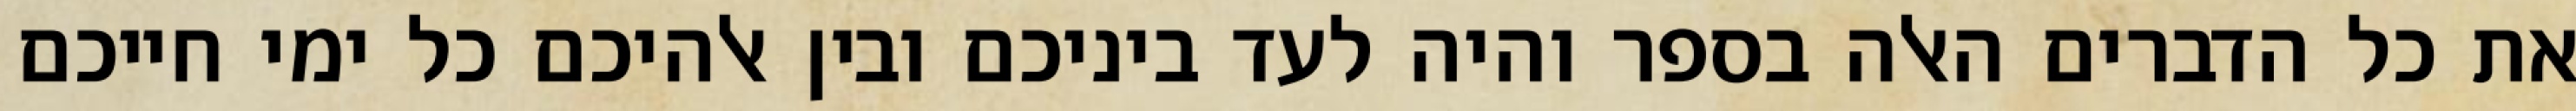
את כל הדברים האלה בספר והיה לעד ביניכם ובין אלהיכם כל ימי חייכם